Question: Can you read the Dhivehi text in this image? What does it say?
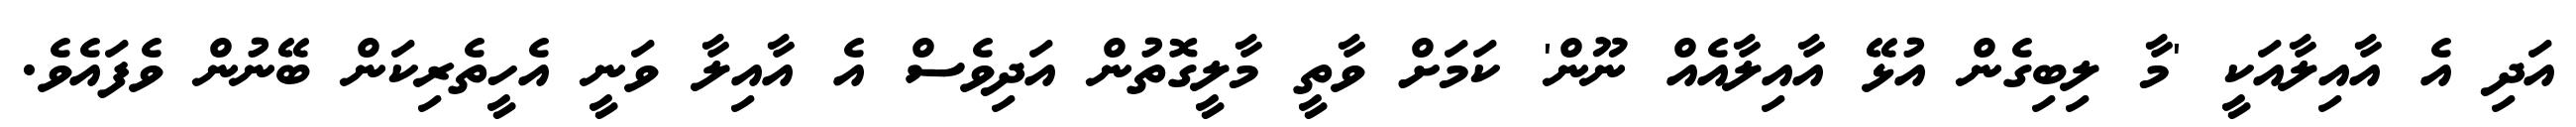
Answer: އަދި އެ އާއިލާއަކީ 'މާ ލިބިގެން އުޅޭ އާއިލާއެއް ނޫން' ކަމަށް ވާތީ މާލީގޮތުން އަދިވެސް އެ އާއިލާ ވަނީ އެހީތެރިކަން ބޭނުން ވެފައެވެ.